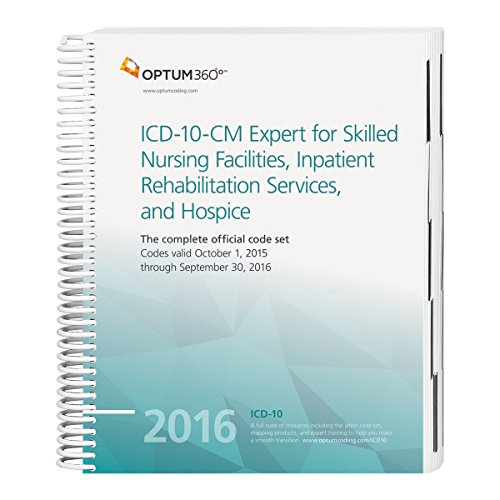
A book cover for ICD-10-CM Expert for Skilled Nursing Facilities, Inpatient Rehabilitation Services, and Hospice 2016; Optum360; Medical Books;